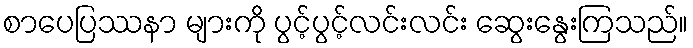
စာပေပြဿနာ များကို ပွင့်ပွင့်လင်းလင်း ဆွေးနွေးကြသည်။